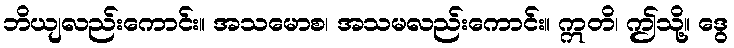
ဘိယျလည်းကောင်း။ အသမောစ၊ အသမလည်းကောင်း။ ဣတိ၊ ဤသို့။ ဒွေ